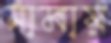
নামায়